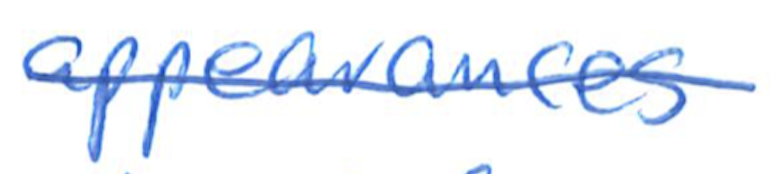
Text: appearances
Cross-out: single-line
Writing tool: ballpoint